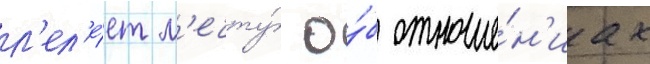
л'ел'е́ет м'ечту́ о́б отноше́н'иах